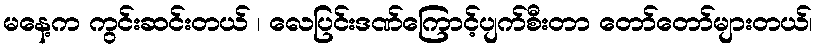
မနေ့က ကွင်းဆင်းတယ် ၊ လေပြင်းဒဏ်ကြောင့်ပျက်စီးတာ တော်တော်များတယ်၊